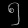
Digit: ၅